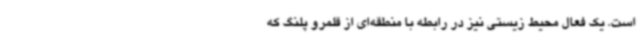
است. یک فعال محیط زیستی نیز در رابطه با منطقه‌ای از قلمرو پلنگ که